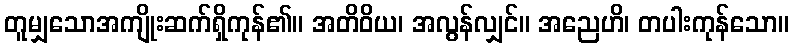
တူမျှသောအကျိုးဆက်ရှိကုန်၏။ အတိဝိယ၊ အလွန်လျှင်။ အညေဟိ၊ တပါးကုန်သော။